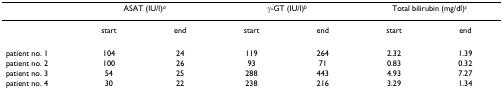
<table><thead><tr><td></td><td colspan="2"><b>ASAT (IU/l)<sup><i>a</i></sup></b></td><td colspan="2"><b>γ-GT (IU/l)<sup><i>b</i></sup></b></td><td colspan="2"><b>Total bilirubin (mg/dl)<sup><i>c</i></sup></b></td></tr></thead><tbody><tr><td></td><td>start</td><td>end</td><td>start</td><td>end</td><td>start</td><td>end</td></tr><tr><td>patient no. 1</td><td>104</td><td>24</td><td>119</td><td>264</td><td>2.32</td><td>1.39</td></tr><tr><td>patient no. 2</td><td>100</td><td>26</td><td>93</td><td>71</td><td>0.83</td><td>0.32</td></tr><tr><td>patient no. 3</td><td>54</td><td>25</td><td>288</td><td>443</td><td>4.93</td><td>7.27</td></tr><tr><td>patient no. 4</td><td>30</td><td>22</td><td>238</td><td>216</td><td>3.29</td><td>1.34</td></tr></tbody></table>